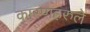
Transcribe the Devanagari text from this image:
कारणहरुले